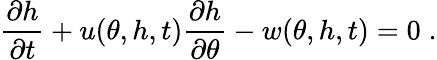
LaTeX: \frac{\partial h}{\partial t}+u(\theta,h,t)\frac{\partial h}{\partial\theta}-w(\theta,h,t)=0\; .